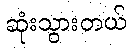
ဆုံးသွားတယ်